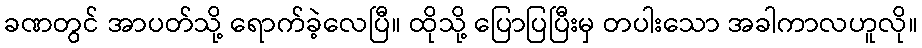
ခဏတွင် အာပတ်သို့ ရောက်ခဲ့လေပြီ။ ထိုသို့ ပြောပြပြီးမှ တပါးသော အခါကာလဟူလို။